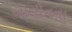
બોલીનના